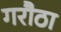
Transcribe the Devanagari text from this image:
गरौठा